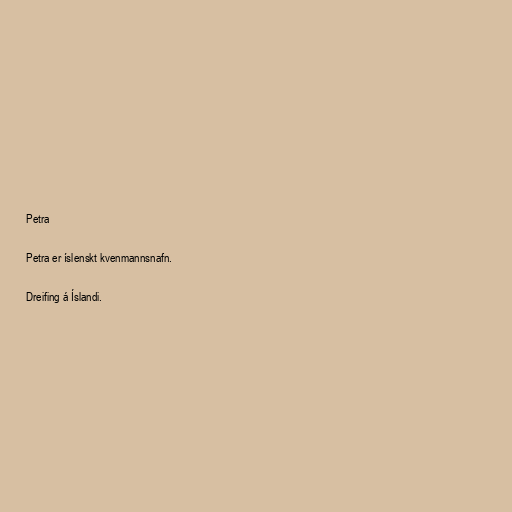
Petra

Petra er íslenskt kvenmannsnafn.

Dreifing á Íslandi.